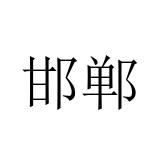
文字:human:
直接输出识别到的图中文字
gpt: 邯郸